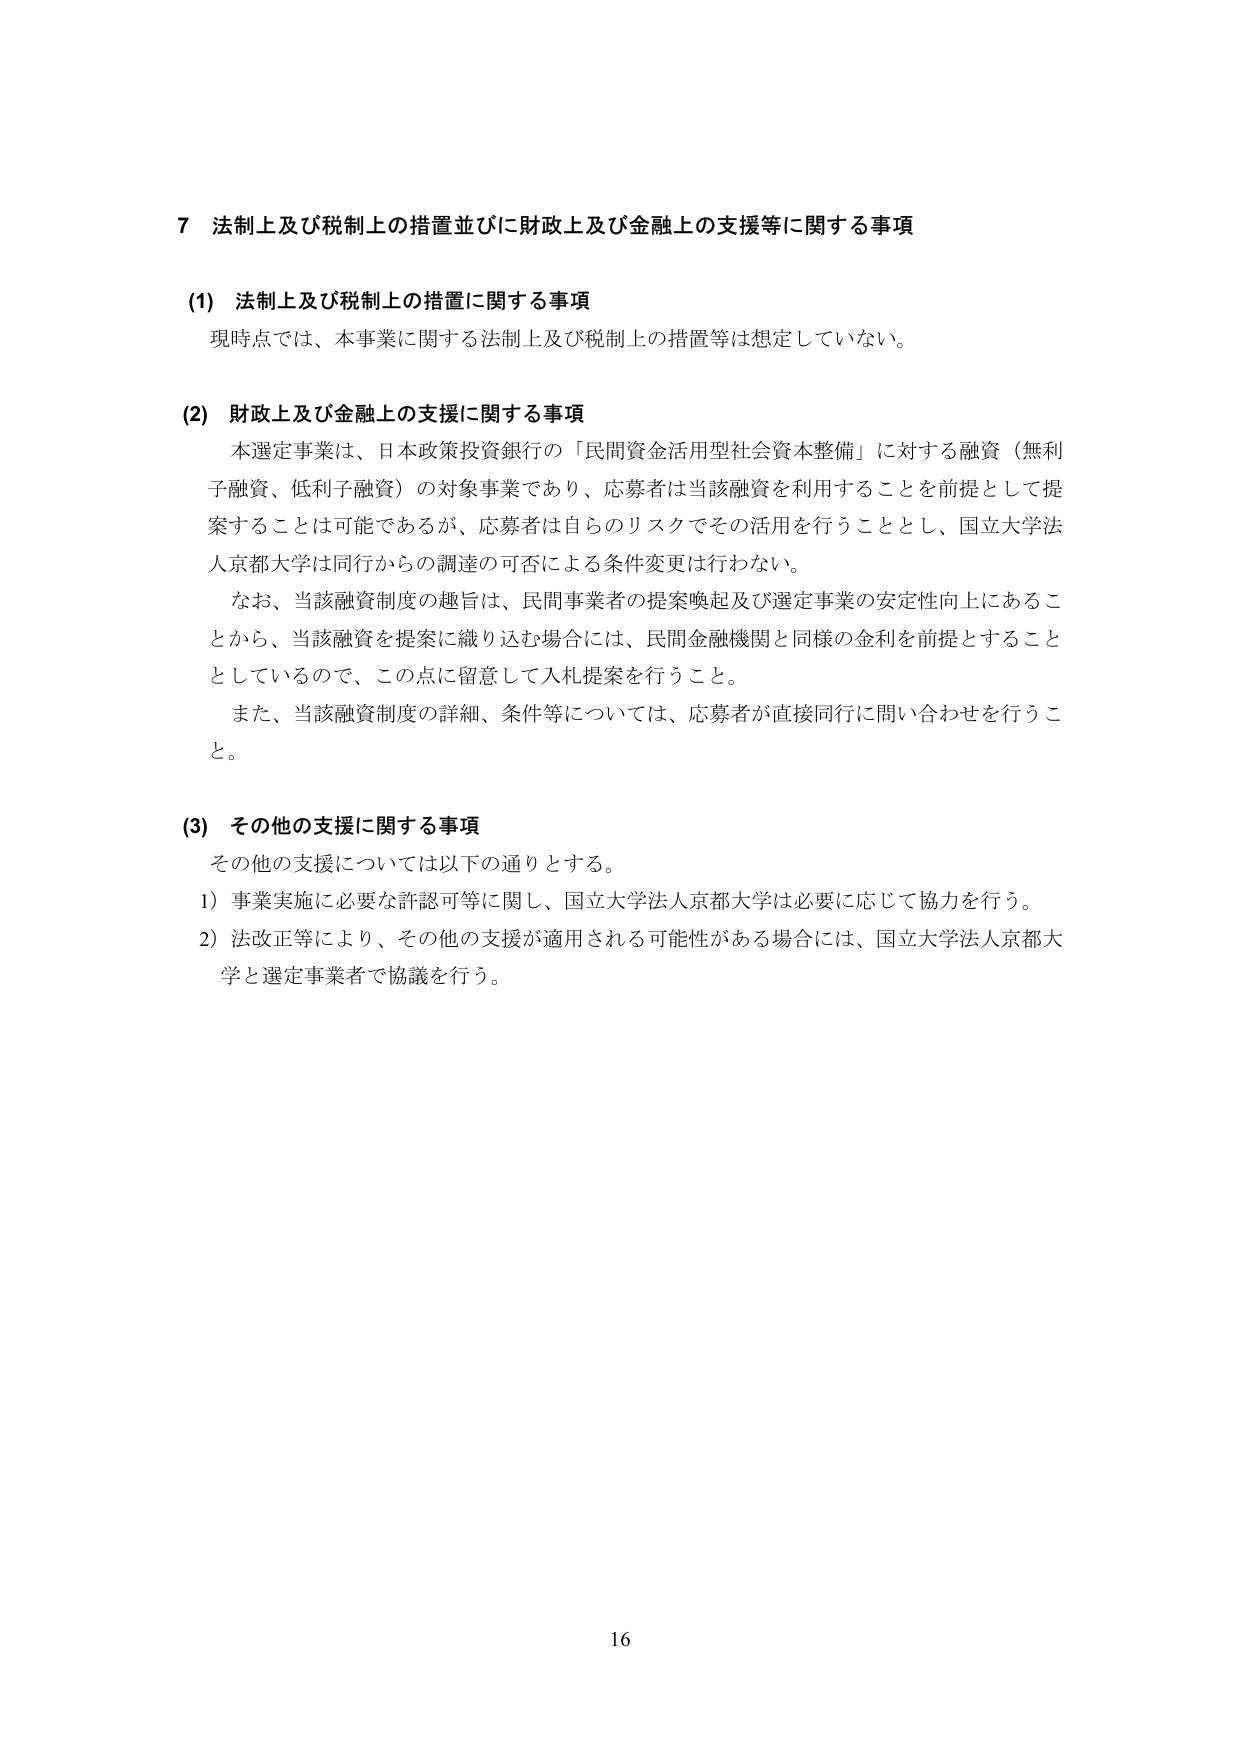
7 法制上及び税制上の措置並びに財政上及び金融上の支援等に関する事項

(1) 法制上及び税制上の措置に関する事項
現時点では、本事業に関する法制上及び税制上の措置等は想定していない。

(2) 財政上及び金融上の支援に関する事項
本選定事業は、日本政策投資銀行の「民間資金活用型社会資本整備」に対する融資（無利子融資、低利子融資）の対象事業であり、応募者は当該融資を利用することを前提として提案することは可能であるが、応募者は自らのリスクでその活用を行うこととし、国立大学法人京都大学は同行からの調達の可否による条件変更は行わない。
なお、当該融資制度の趣旨は、民間事業者の提案喚起及び選定事業の安定性向上にあることから、当該融資を提案に織り込む場合には、民間金融機関と同様の金利を前提とすることとしているので、この点に留意して入札提案を行うこと。
また、当該融資制度の詳細、条件等については、応募者が直接同行に問い合わせを行うこと。

(3) その他の支援に関する事項
その他の支援については以下の通りとする。
1) 事業実施に必要な許認可等に関し、国立大学法人京都大学は必要に応じて協力を行う。
2) 法改正等により、その他の支援が適用される可能性がある場合には、国立大学法人京都大学と選定事業者で協議を行う。

16